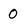
Character: 0